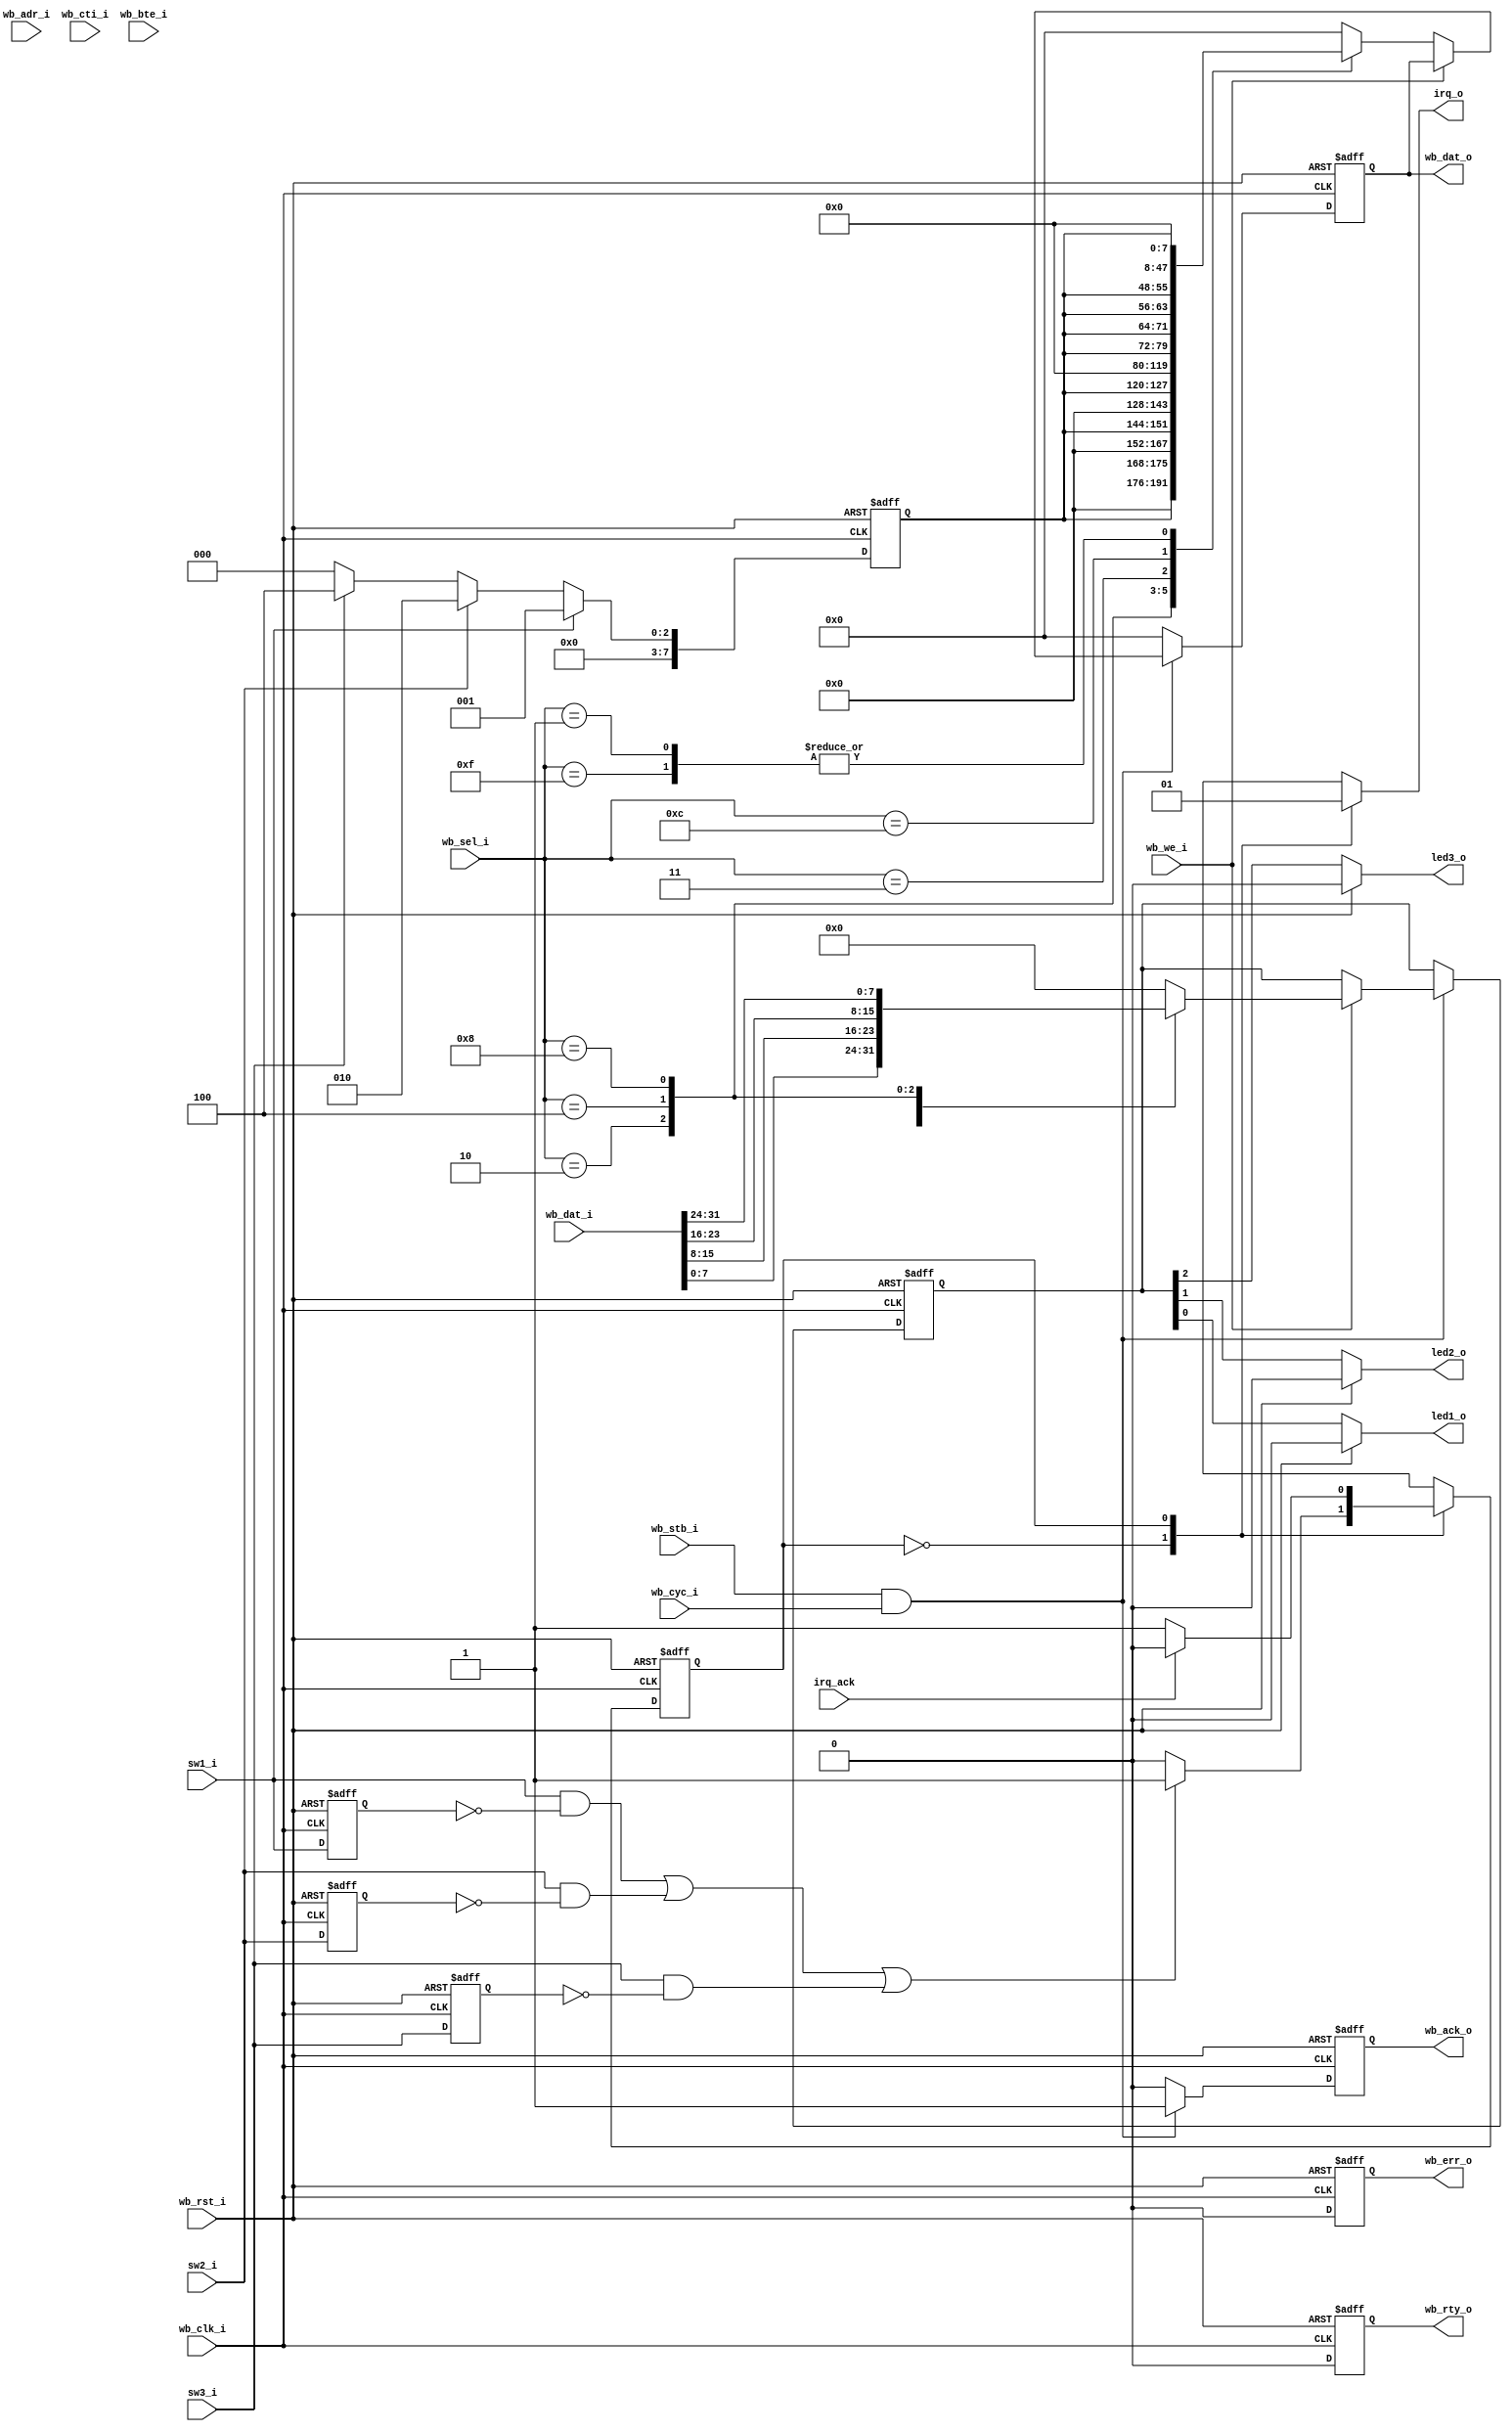
//******************************************************************************
// Copyright (c) 2014 - 2018, Indian Institute of Science, Bangalore.
// All Rights Reserved. See LICENSE for license details.
//------------------------------------------------------------------------------

// Contributors
// Akshay Birari (akshay@alum.iisc.ac.in), Piyush Birla (piyush@alum.iisc.ac.in)
// Suseela Budi (suseela@alum.iisc.ac.in), Pradeep Gupta (gupta@alum.iisc.ac.in)
// Kavya Sharat (kavyasharat@alum.iisc.ac.in), Sumeet Bandishte (sumeet.bandishte30@gmail.com)
// Kuruvilla Varghese (kuru@iisc.ac.in)
`timescale 1ns / 1ps
//////////////////////////////////////////////////////////////////////////////////
// Company: 
// Engineer: 
// 
// Design Name: 
// Module Name: SW_LED
// Project Name: 
// Target Devices: 
// Tool Versions: 
// Description: 
// 
// Dependencies: 
// 
// Revision:
// Revision 0.01 - File Created
// Additional Comments:
// 
//////////////////////////////////////////////////////////////////////////////////


module SW_LED(
input sw1_i,
input sw2_i,
input sw3_i,
output reg led1_o,
output reg led2_o,
output reg led3_o,
input [31:0] wb_dat_i,
input [31:0] wb_adr_i,
input [3:0] wb_sel_i,
input [2:0] wb_cti_i,
input [1:0] wb_bte_i,
output reg [31:0] wb_dat_o,
output reg wb_ack_o,
output reg wb_err_o,
output reg wb_rty_o,
input wb_stb_i,
input wb_cyc_i,
input wb_we_i,
input wb_rst_i,
input wb_clk_i,
output reg irq_o,
input irq_ack);

//Level to pulse converter///
wire sw1_int;
wire sw2_int;
wire sw3_int;
reg sw1_reg;
reg sw2_reg;
reg sw3_reg;

always @(posedge wb_clk_i or posedge wb_rst_i) begin
    if(wb_rst_i) begin
        sw1_reg <=  0;
        sw2_reg <=  0;
        sw3_reg <=  0;        
    end
    else begin
        sw1_reg <=  sw1_i;
        sw2_reg <=  sw2_i;
        sw3_reg <=  sw3_i;            
    end
end

assign sw1_int = sw1_i & ~sw1_reg;
assign sw2_int = sw2_i & ~sw2_reg;
assign sw3_int = sw3_i & ~sw3_reg; 
////////////////////////////////
///Scheduler FSM for the 3 switches///
reg state,nextstate;
parameter idle = 1'b0;
parameter signal_irq = 1'b1;
always @(posedge wb_clk_i or posedge wb_rst_i) begin
    if(wb_rst_i) begin
        state <= idle;    
    end
    else begin
        state <= nextstate;
    end
end

reg [7:0] switch_status;
reg [7:0] led_control;

always @(posedge wb_clk_i or posedge wb_rst_i) begin
    if(wb_rst_i) begin
        switch_status <= 8'b0;
    end
    else begin
        if(sw1_i) begin
            switch_status <= 8'b001;                
        end
        else if(sw2_i) begin
            switch_status <= 8'b010;                
        end
        else if(sw3_i) begin
            switch_status <= 8'b100;                
        end
        else begin
            switch_status <= 8'b0;
        end
    end
end

always @(*) begin
    case(state)
        idle: begin
            irq_o <= 1'b0;
            if(sw1_int | sw2_int | sw3_int) begin
                nextstate <= signal_irq;
            end
            else begin
                nextstate <= idle;            
            end
        end
        signal_irq: begin
            irq_o <= 1'b1;
            if(irq_ack) begin
                nextstate <= idle;                
            end
            else begin
                nextstate <= signal_irq;
            end
        end
        default: begin
            irq_o <= 1'b0;
            nextstate <= idle;
        end
    endcase;
end
//////////////////////////////////////
//Wishbone Interface//////////////////
always @(posedge wb_clk_i or posedge wb_rst_i) begin
    if(wb_rst_i) begin
        led_control <= 8'b0;
        wb_dat_o <= 32'b0;
        wb_ack_o <= 1'b0;      
        wb_err_o <= 1'b0;
        wb_rty_o <= 1'b0;           
    end
    else begin
        if(wb_stb_i & wb_cyc_i) begin
            wb_ack_o <= 1'b1;
            wb_err_o <= 1'b0;
            wb_rty_o <= 1'b0;           
            if(wb_we_i) begin                      //Wishbone red cycle
                case(wb_sel_i)
                    4'b0001: led_control <= wb_dat_i[7:0];
                    4'b0010: led_control <= wb_dat_i[15:8];
                    4'b0100: led_control <= wb_dat_i[23:16];
                    4'b1000: led_control <= wb_dat_i[31:24];
                    default: led_control <= 8'b0;      
                endcase;
            end
            else begin
                case(wb_sel_i)
                    4'b0001: wb_dat_o <= {{24'b0},{switch_status}};
                    4'b0010: wb_dat_o <= {{16'b0},{switch_status},{8'b0}};
                    4'b0100: wb_dat_o <= {{8'b0},{switch_status},{16'b0}};
                    4'b1000: wb_dat_o <= {{switch_status},{24'b0}};
                    4'b0011: wb_dat_o <= {{16'b0},{switch_status},{switch_status}};
                    4'b1100: wb_dat_o <= {{switch_status},{switch_status},{16'b0}};
                    4'b1111: wb_dat_o <= {{24'b0},{switch_status}};                                        
//                    4'b1111: wb_dat_o <= {{switch_status},{switch_status},{switch_status},{switch_status}};                    
                    default: wb_dat_o <= 32'b0;
                endcase;            
            end
        end
        else begin
            wb_ack_o <= 1'b0;
            wb_err_o <= 1'b0;
            wb_rty_o <= 1'b0;           
            wb_dat_o <= 32'b0;            
        end
    end
end
/////////////////////////////////////
////LED Control for Output///////////
always @(*) begin
    if(wb_rst_i) begin
        led1_o = 1'b0;
        led2_o = 1'b0;
        led3_o = 1'b0;
    end
    else begin
        led1_o = led_control[0];
        led2_o = led_control[1];
        led3_o = led_control[2];    
    end
end
/////////////////////////////////////
/////////////////////////////////////
endmodule